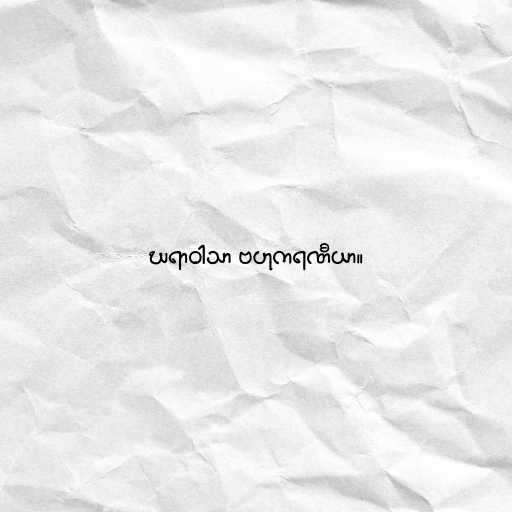
ဃရာဝါသာ ဗဟုကရဏီယာ။